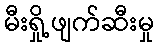
မီးရှို့ဖျက်ဆီးမှု